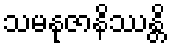
သမနုဇာနိဿန္တိ